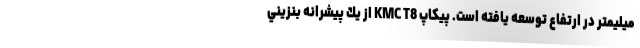
میلیمتر در ارتفاع توسعه یافته است. پيكاپ KMC T8 از يك پيشرانه بنزيني